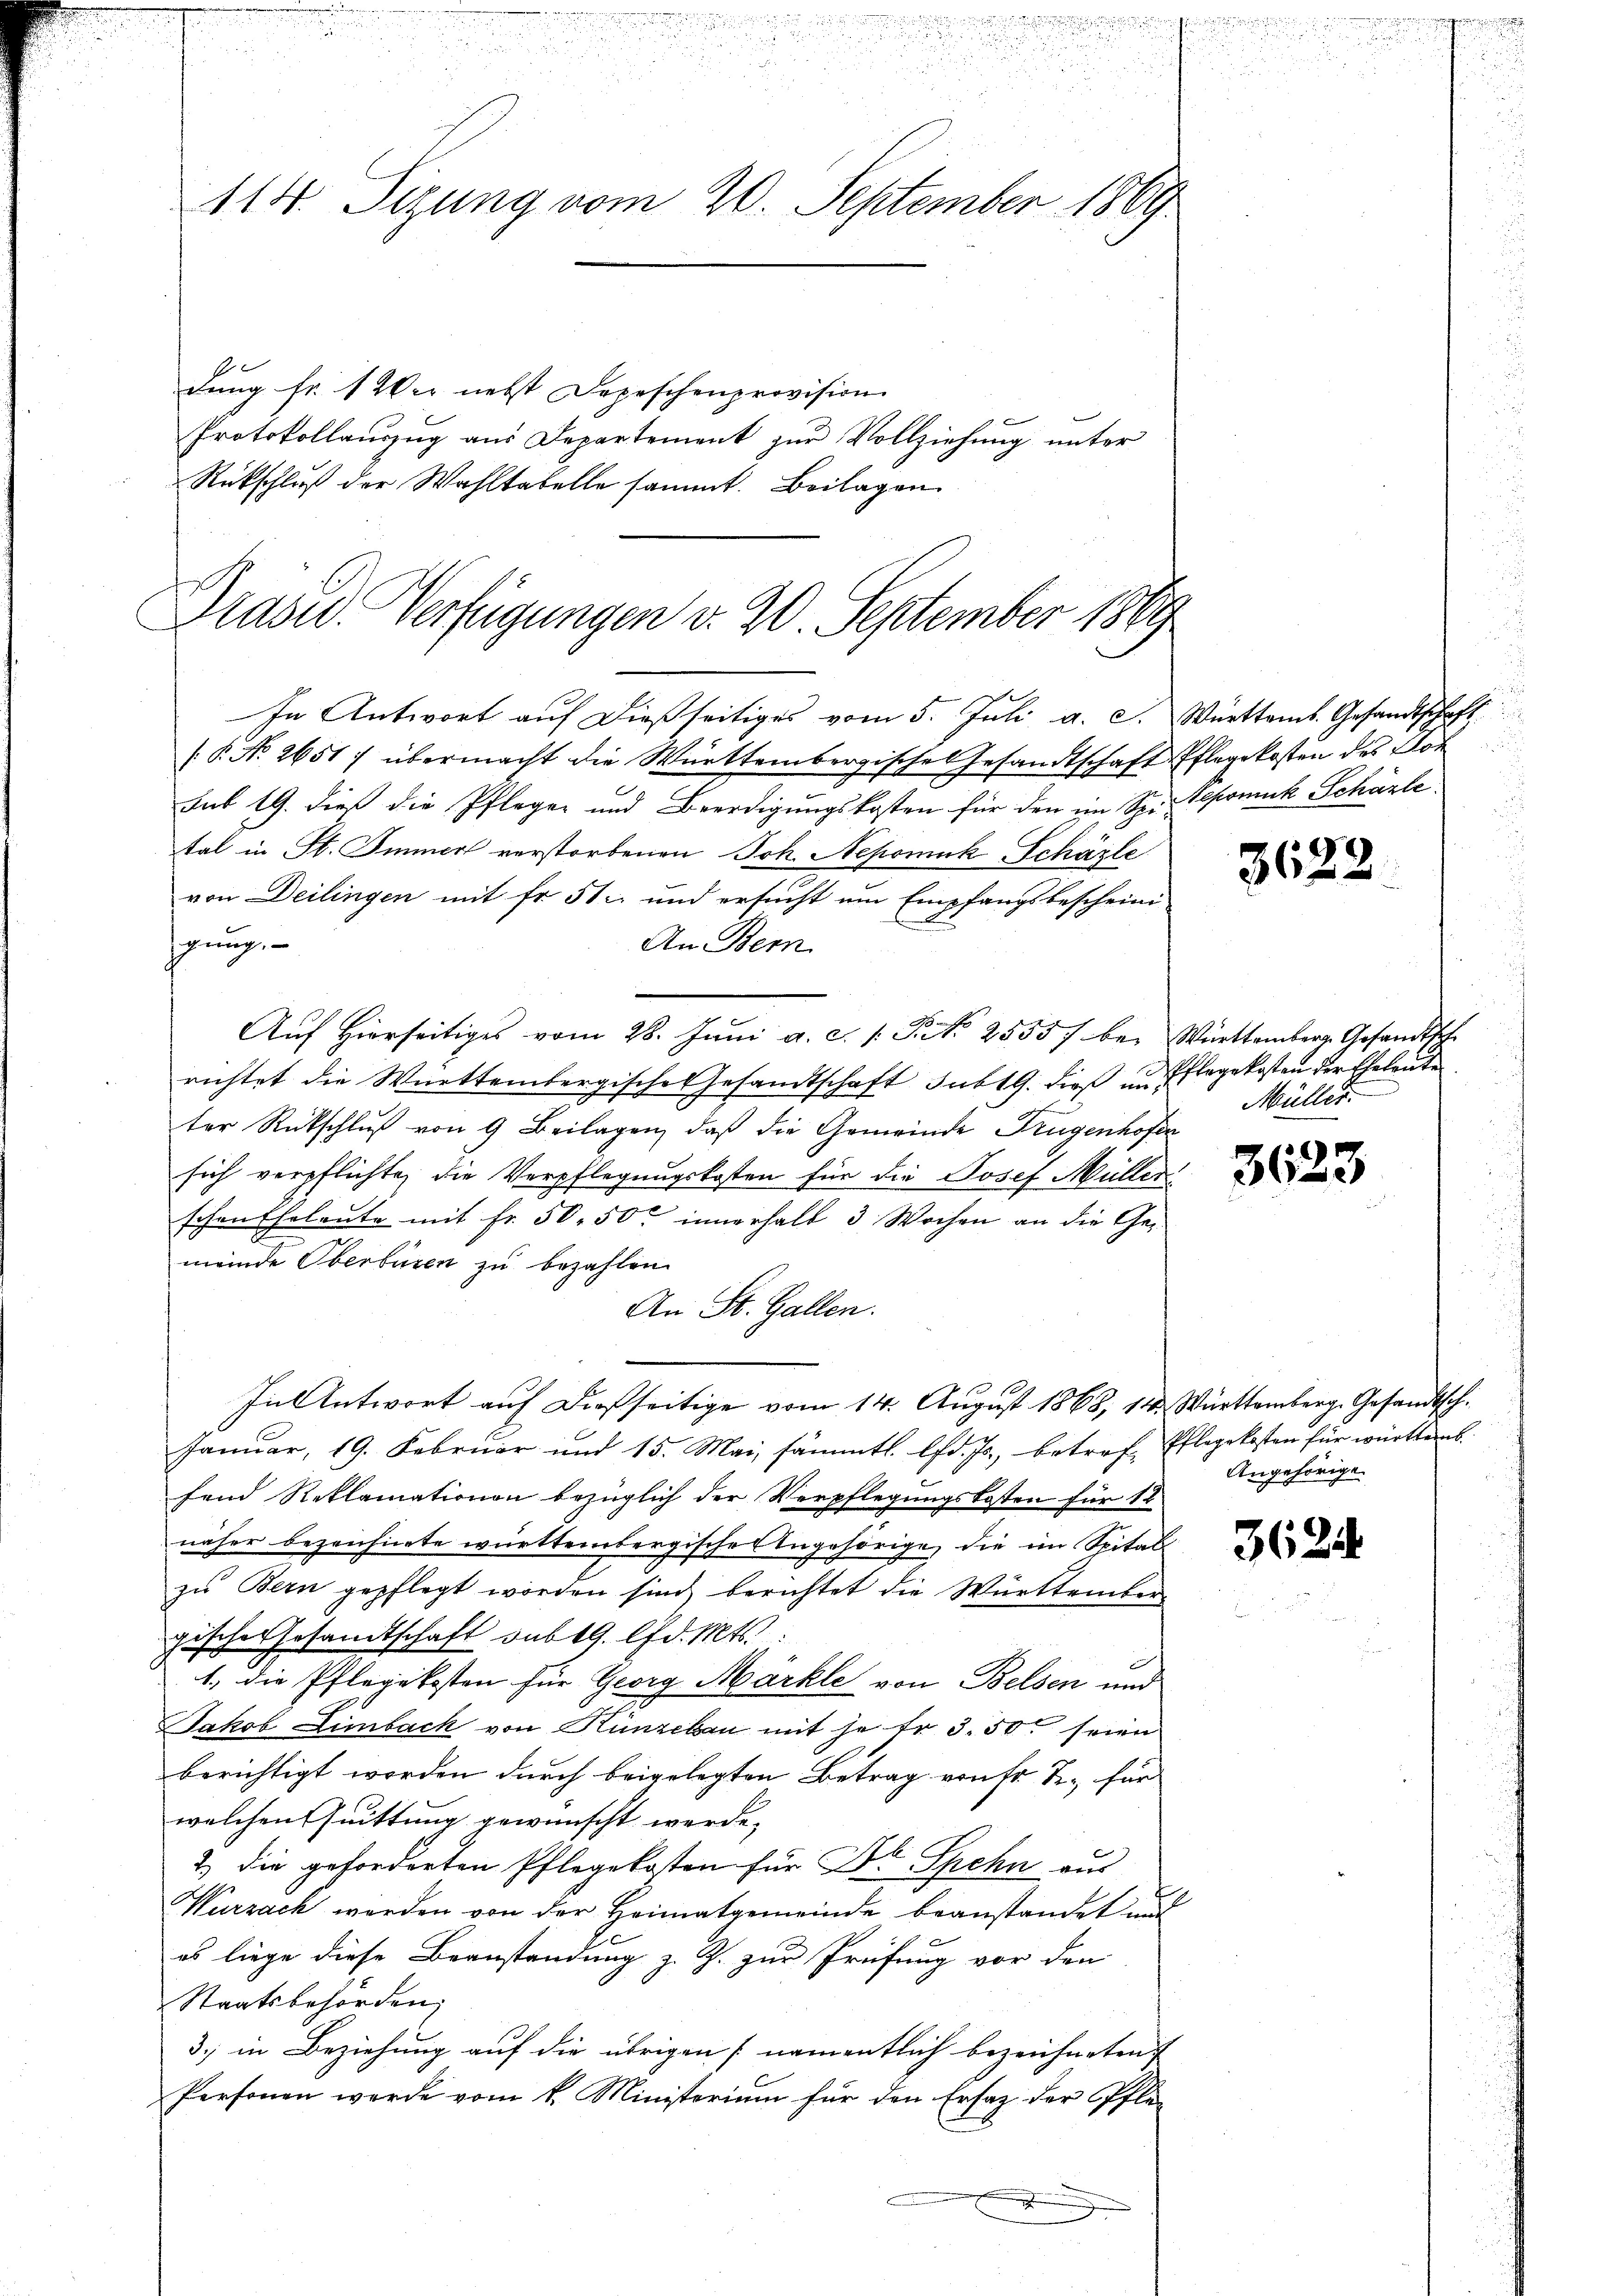
114. Sizung vom 20. September 1869
dung fr. 1 Wer nebst Depeschenprovision
Protokollauszug aus Departement zur Vollziehung unter
Rückschluß der Wahltabelle sammt. Beilagen

f
Prasw. Verfügungen v. 20. September 1869
In Antwort auf dießseitiges vom 5. Juli a. c. Württemb. Gesandtschaft

[P No 2651) übermacht die Württembergische Gesandtschaft Pflegekosten des Klot
sub 19. dies die Pflegen und Beerdigungskosten für den im Sp. Sepomuk Schärte
tal in St. Immer verstorbenen Joh. Nepomuk Schäzte
von Deilingen mit fr. 51 und ersucht um Empfangsbescheini-
gung.
An Bem
Aŭf Hierseitiges vom 28. Jŭni a. c. s. S. Nr. 2555/ bei Württemberg. Gesandtsch
richtet die Württembergische Gesandtschaft subt G. dieß und
ter Rückschluß von 9 Beilagen, daß die Gemeinde Trügenhofen
sich verpflichte, die Verpflegungskosten für die Josef Müllerschen Eheleute mit Fr. 50. 50. innerhalt 3 Wochen an die Gemeinde Oberbüren zu bezahlen.
An St. Gallen.
In Antwort auf dießseitige vom 14. August 1868, 14. Württemberg. Gesandtsch.
Januar, 19. Februar und 15. Mai, sämmtl. lfd. Js., betref- Pflegekosten für württemb.
fend Reklamationen bezüglich der Verpflegungskosten für 12
näher bezeichnete württembergischer Angehörige, die im Spital
zu Bern gepflegt worden sind berichtet die Württember-
gische Gesandtschaft sub 19. d. Mts.:
1. die Pflegekosten für Georg Märkle von Belsen und
Jakob Limbeck von Künzebau mit je er 3. 50. seien
berichtigt worden durch beigelegten Betrag von fr Sr. für |
welchen Quittung gewünscht werde, |
2) die geforderten Pflegekosten für Dr Spehn aus
Wurzach werden von der Heimatgemeinde beanstandet und
es liege diese Beanstandung z. Z. zur Prüfung vor den
Staatsbehörden,
3. in Beziehung auf die übrigen namentlich bezeichneten
Personen werde vom k. Ministerium für den Ersatz der Pfle-
.

¬
xx

Pflegekosten der Eheleute
Müller.

3623

Angehörige

3624